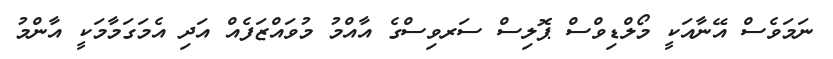
ނަމަވެސް އޭނާއަކީ މޯލްޑިވްސް ޕޮލިސް ސަރވިސްގެ އާއްމު މުވައްޒަފެއް އަދި އެމަގަމާމަކީ އާންމު